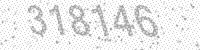
Solution: 318146